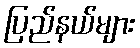
ပြည်နယ်များ